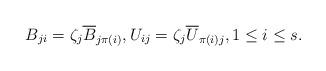
LaTeX: \begin{align*}B_{ji}=\zeta_{j} \overline{B}_{j\pi(i)},U_{ij}=\zeta_{j} \overline{U}_{\pi(i)j}, 1\leq i\leq s.\end{align*}